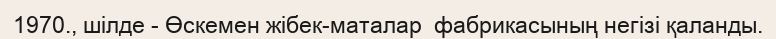
1970., шілде - Өскемен жібек-маталар  фабрикасының негізі қаланды.